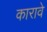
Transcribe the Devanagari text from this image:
कारावे